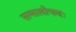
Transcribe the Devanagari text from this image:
समालोचनः